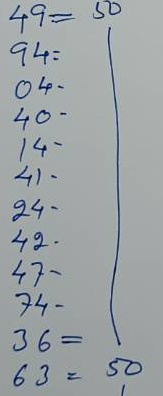
49 = 50
94 = 50
04 = 50
40 = 50
14 = 50
41 = 50
24 = 50
42 = 50
47 = 50
74 = 50
36 = 50
63 = 50